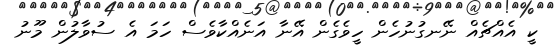
ކީ އެއްޗެއް ނޭނގުނުހެން ހީވެގެން އޭނާ އަނެއްކާވެސް ހަމަ އެ ސުވާލުން މޫނު